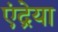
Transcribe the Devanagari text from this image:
एंद्रेया